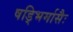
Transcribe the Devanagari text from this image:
षड्भिर्मासैः